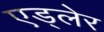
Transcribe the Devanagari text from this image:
एड्लेर